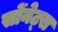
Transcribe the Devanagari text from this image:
सोंनेट्स